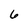
Character: 6